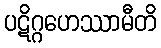
ပဋိဂ္ဂဟေဿာမီတိ